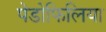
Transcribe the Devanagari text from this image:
पेडोफिलिया